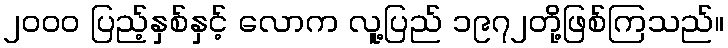
၂၀၀၀ ပြည့်နှစ်နှင့် လောက လူ့ပြည် ၁၉၇၂တို့ဖြစ်ကြသည်။